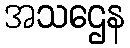
အသဌေန